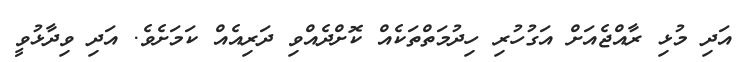
އަދި މުޅި ރާއްޖެއަށް އަގުހުރި ހިދުމަތްތަކެއް ކޮށްދެއްވި ދަރިއެއް ކަަމަށެވެ. އަދި ވިދާޅުވީ